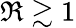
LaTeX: \Re\gtrsim 1